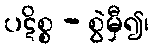
ပဋိစ္စ - စွဲမှီ၍၊